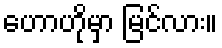
ဟောဟိုမှာ မြင်လား။